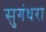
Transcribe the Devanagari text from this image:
सुगंधरा